Malaria in the Andamans - Number 56
Disease focus: Malaria
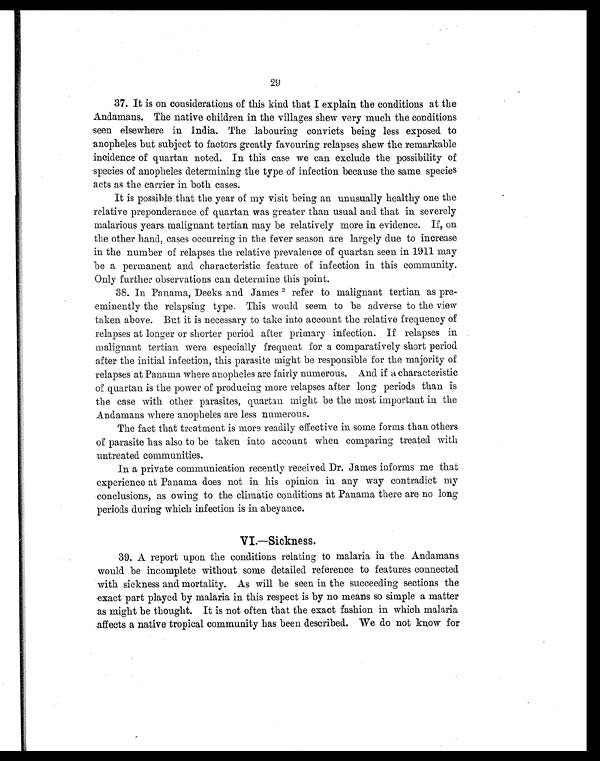
Andamans. The native children in the villages shew very much the conditions
seen elsewhere in India. The labouring convicts being less exposed to
anopheles but subject to factors greatly favouring relapses shew the remarkable
incidence of quartan noted. In this case we can exclude the possibility of
species of anopheles determining the type of infection because the same species
acts as the carrier in both cases.
It is possible that the year of my visit being an unusually healthy one the
relative preponderance of quartan was greater than usual and that in severely
malarious years malignant tertian may be relatively more in evidence. If, on
the other hand, cases occurring in the fever season are largely due to increase
in the number of relapses the relative prevalence of quartan seen in 1911 may
be a permanent and characteristic feature of infection in this community.
Only further observations can determine this point.
38. In Panama, Decks and James 2 refer to malignant tertian as pre
-
eminently the relapsing type. This would seem to be adverse to the view
taken above. But it is necessary to take into account the relative frequency of
relapses at longer or shorter period after primary infection. If relapses in
malignant tertian were especially frequent for a comparatively short period
after the initial infection, this parasite might be responsible for the majority of
relapses at Panama where anopheles are fairly numerous. Anxd if a characteristic
of quartan is the power of producing more relapses after long periods than is
the case with other parasites, quartan might be the most important in the
Andamans where anopheles are less numerous.
The fact that treatment is more readily effective in some forms than others
of parasite has also to be taken into account when comparing treated with
untreated communities.
In a private communication recently received Dr. James informs me that
experience at Panama does not in his opinion in any way contradict my
conclusions, as owing to the climatic conditions at Panama there are no long
periods during which infection is in abeyance.
VI.—Sickness.
3 9 . A r e p o r t u p o n t h e c o n d i t i o n s r e l a t i n g t o m a l a r i a i n t h e A n d a m a n s
would be incomplete without some detailed reference to features connected
with sickness and mortality. As will be seen in the succeeding sections the
exact part played by malaria in this respect is by no means so simple a matter
as might be thought. It is not often that the exact fashion in which malaria
affects a native tropical community has been described. We do not know for